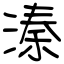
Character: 溱